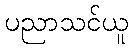
ပညာသင်ယူ